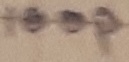
Text: 100p